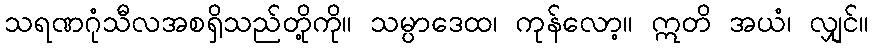
သရဏဂုံသီလအစရှိသည်တို့ကို။ သမ္ပာဒေထ၊ ကုန်လော့။ ဣတိ အယံ၊ လျှင်။